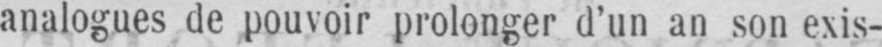
analogues de pouvoir prolonger d’un an son exis-